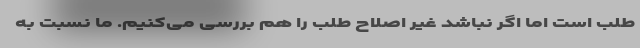
طلب است اما اگر نباشد غیر اصلاح طلب را هم بررسی می‌کنیم. ما نسبت به